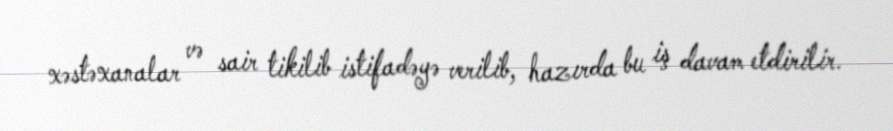
xəstəxanalar və sair tikilib istifadəyə verilib, hazırda bu iş davam etdirilir.